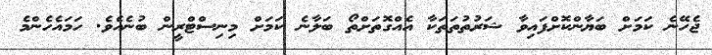
ޖެހޭނެ ކަމަށް ބަޔާންކޮށްފައިވާ ޝަރުތުތަތަކާ އެއްގޮތަށްތޯ ބަލާނެ ކަމަށް މިނިސްޓްރީން ބުނެއެވެ. ހަމައެހެންމެ